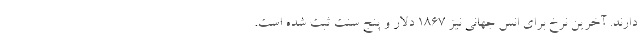
دارند. آخرین نرخ برای انس جهانی نیز ۱۸۶۷ دلار و پنج سنت ثبت شده است.